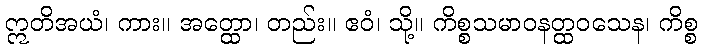
ဣတိအယံ၊ ကား။ အတ္ထော၊ တည်း။ ဧဝံ၊ သို့။ ကိစ္စသမာဝနတ္ထဝသေန၊ ကိစ္စ